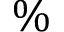
\%